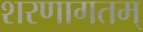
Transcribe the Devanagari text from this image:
शरणागतम्‌